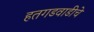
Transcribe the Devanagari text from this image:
हतगडवाडीचे